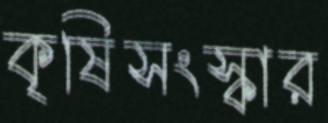
কৃষিসংস্কার